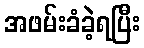
အဖမ်းခံခဲ့ရပြီး